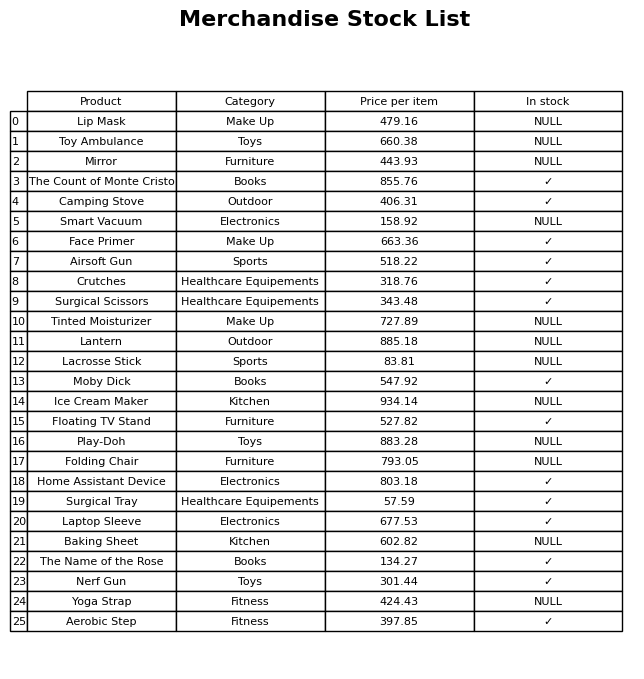
question: Is the Lacrosse Stick in stock?
answer: NULL